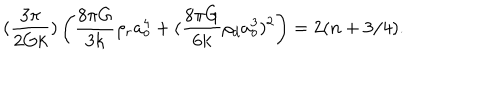
LaTeX: ( { \frac { 3 \pi } { 2 G k } } ) \left( { \frac { 8 \pi G } { 3 k } } \rho _ { r } a _ { o } ^ { 4 } + ( { \frac { 8 \pi G } { 6 k } } \rho _ { d } a _ { o } ^ { 3 } ) ^ { 2 } \right) = 2 ( n + 3 / 4 ) .